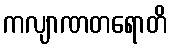
ကလျာဏတရောတိ